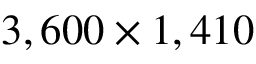
3 , 6 0 0 \times 1 , 4 1 0